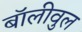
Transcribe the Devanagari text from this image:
बॉलीवुल